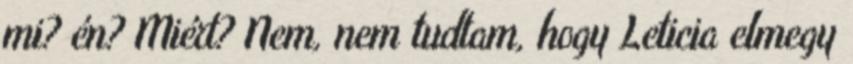
mi? én? Miért? Nem, nem tudtam, hogy Leticia elmegy